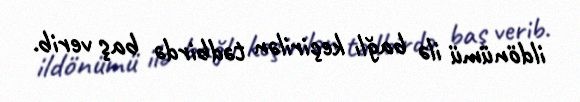
ildönümü ilə bağlı keçirilən tədbirdə baş verib.